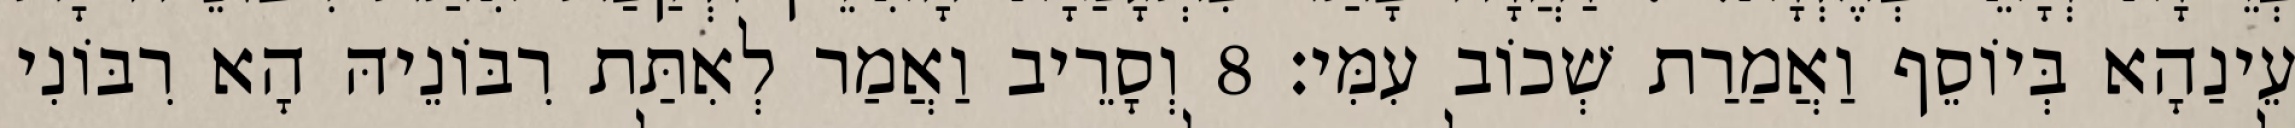
עֵינַהָא בְּיוֹסֵף וַאֲמַרַת שְׁכוֹב עִמִּי׃ 8 וְסָרֵיב וַאֲמַר לְאִתַּת רִבּוֹנֵיהּ הָא רִבּוֹנִי